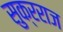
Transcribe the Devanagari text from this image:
सुक्रराज